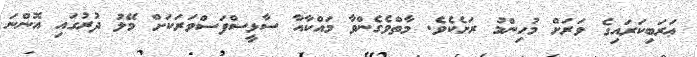
ޢަރަބިކަރައިގެ ވަރަށް މުހިންމު ރަށެކެވެ. މާތްވެގެންވާ މައްކާއާ ސާޅީސްފަސްވަރަކަށް މޭލު ދުރުގައި އޮންނަ